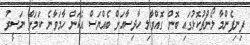
ފިނިފެންމާ ލޯންޗުކޮޅުގައި ބޮން ގޮއްވާލި ހާދިސާއަށް ބެއްޔަސް އެކަން ހާމަވާނެ ކަމަށް ނަސީރު